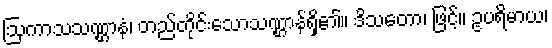
ဩကာသသဏ္ဌာနံ၊ တည်တိုင်းသောသဏ္ဌာန်ရှိ၏။ ဒိသတော၊ ဖြင့်။ ဥပရိမာယ၊